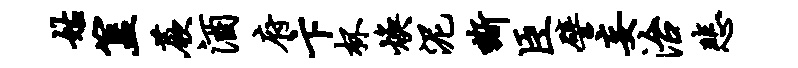
姑簋蕨酒府卞杯焕泥嘶臣譬妄治悲